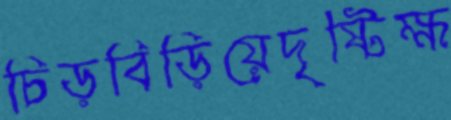
চিড়বিড়িয়েদৃষ্টিক্ষ